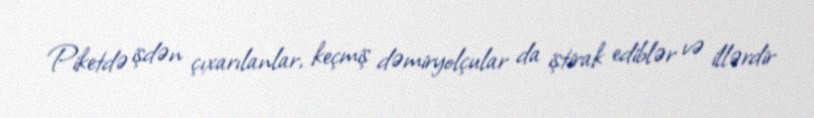
Piketdə işdən çıxarılanlar, keçmiş dəmiryolçular da iştirak ediblər və illərdir